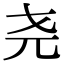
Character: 尧